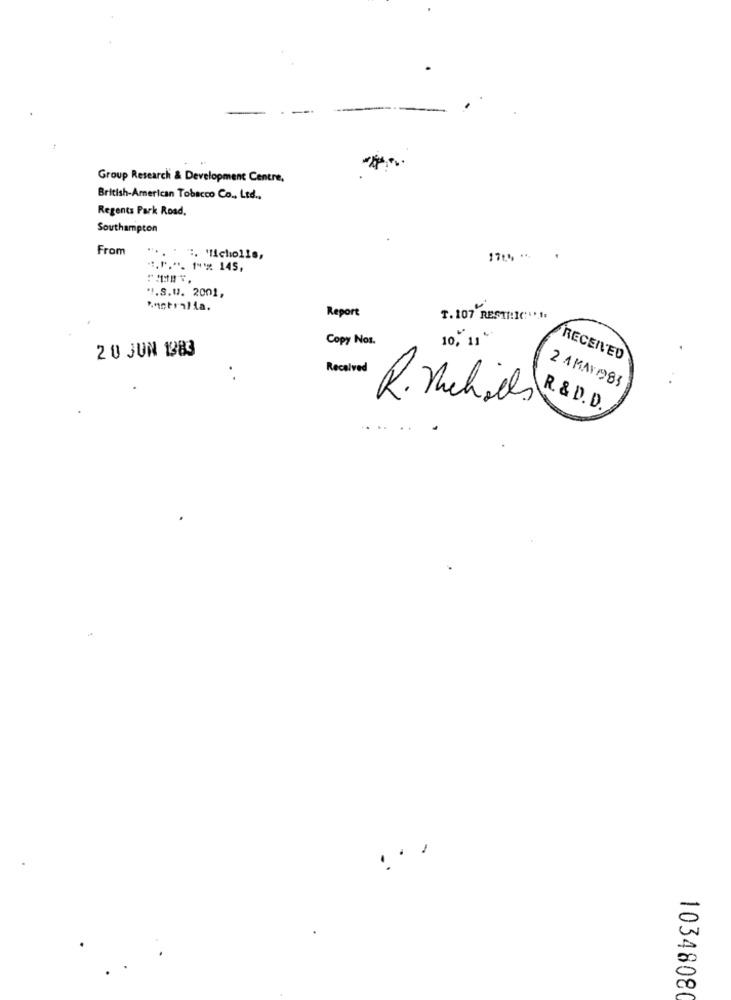
Group Research & Development Centre,
British-American Tobacco Co ., Ltd .,
Regents Park Road.
Southampton
From
" :. 'Nicholls,
". 1 *** 145,
.I.S.W. 2001,
Australia.
Report
T. 107 RESTI!IC: .. .
Copy Nos.
2 0 JUN 1983
10, 11
RECEIVED
Received
2 4 MAY 1983
R. Melides
R. & D. D.
...
1034808